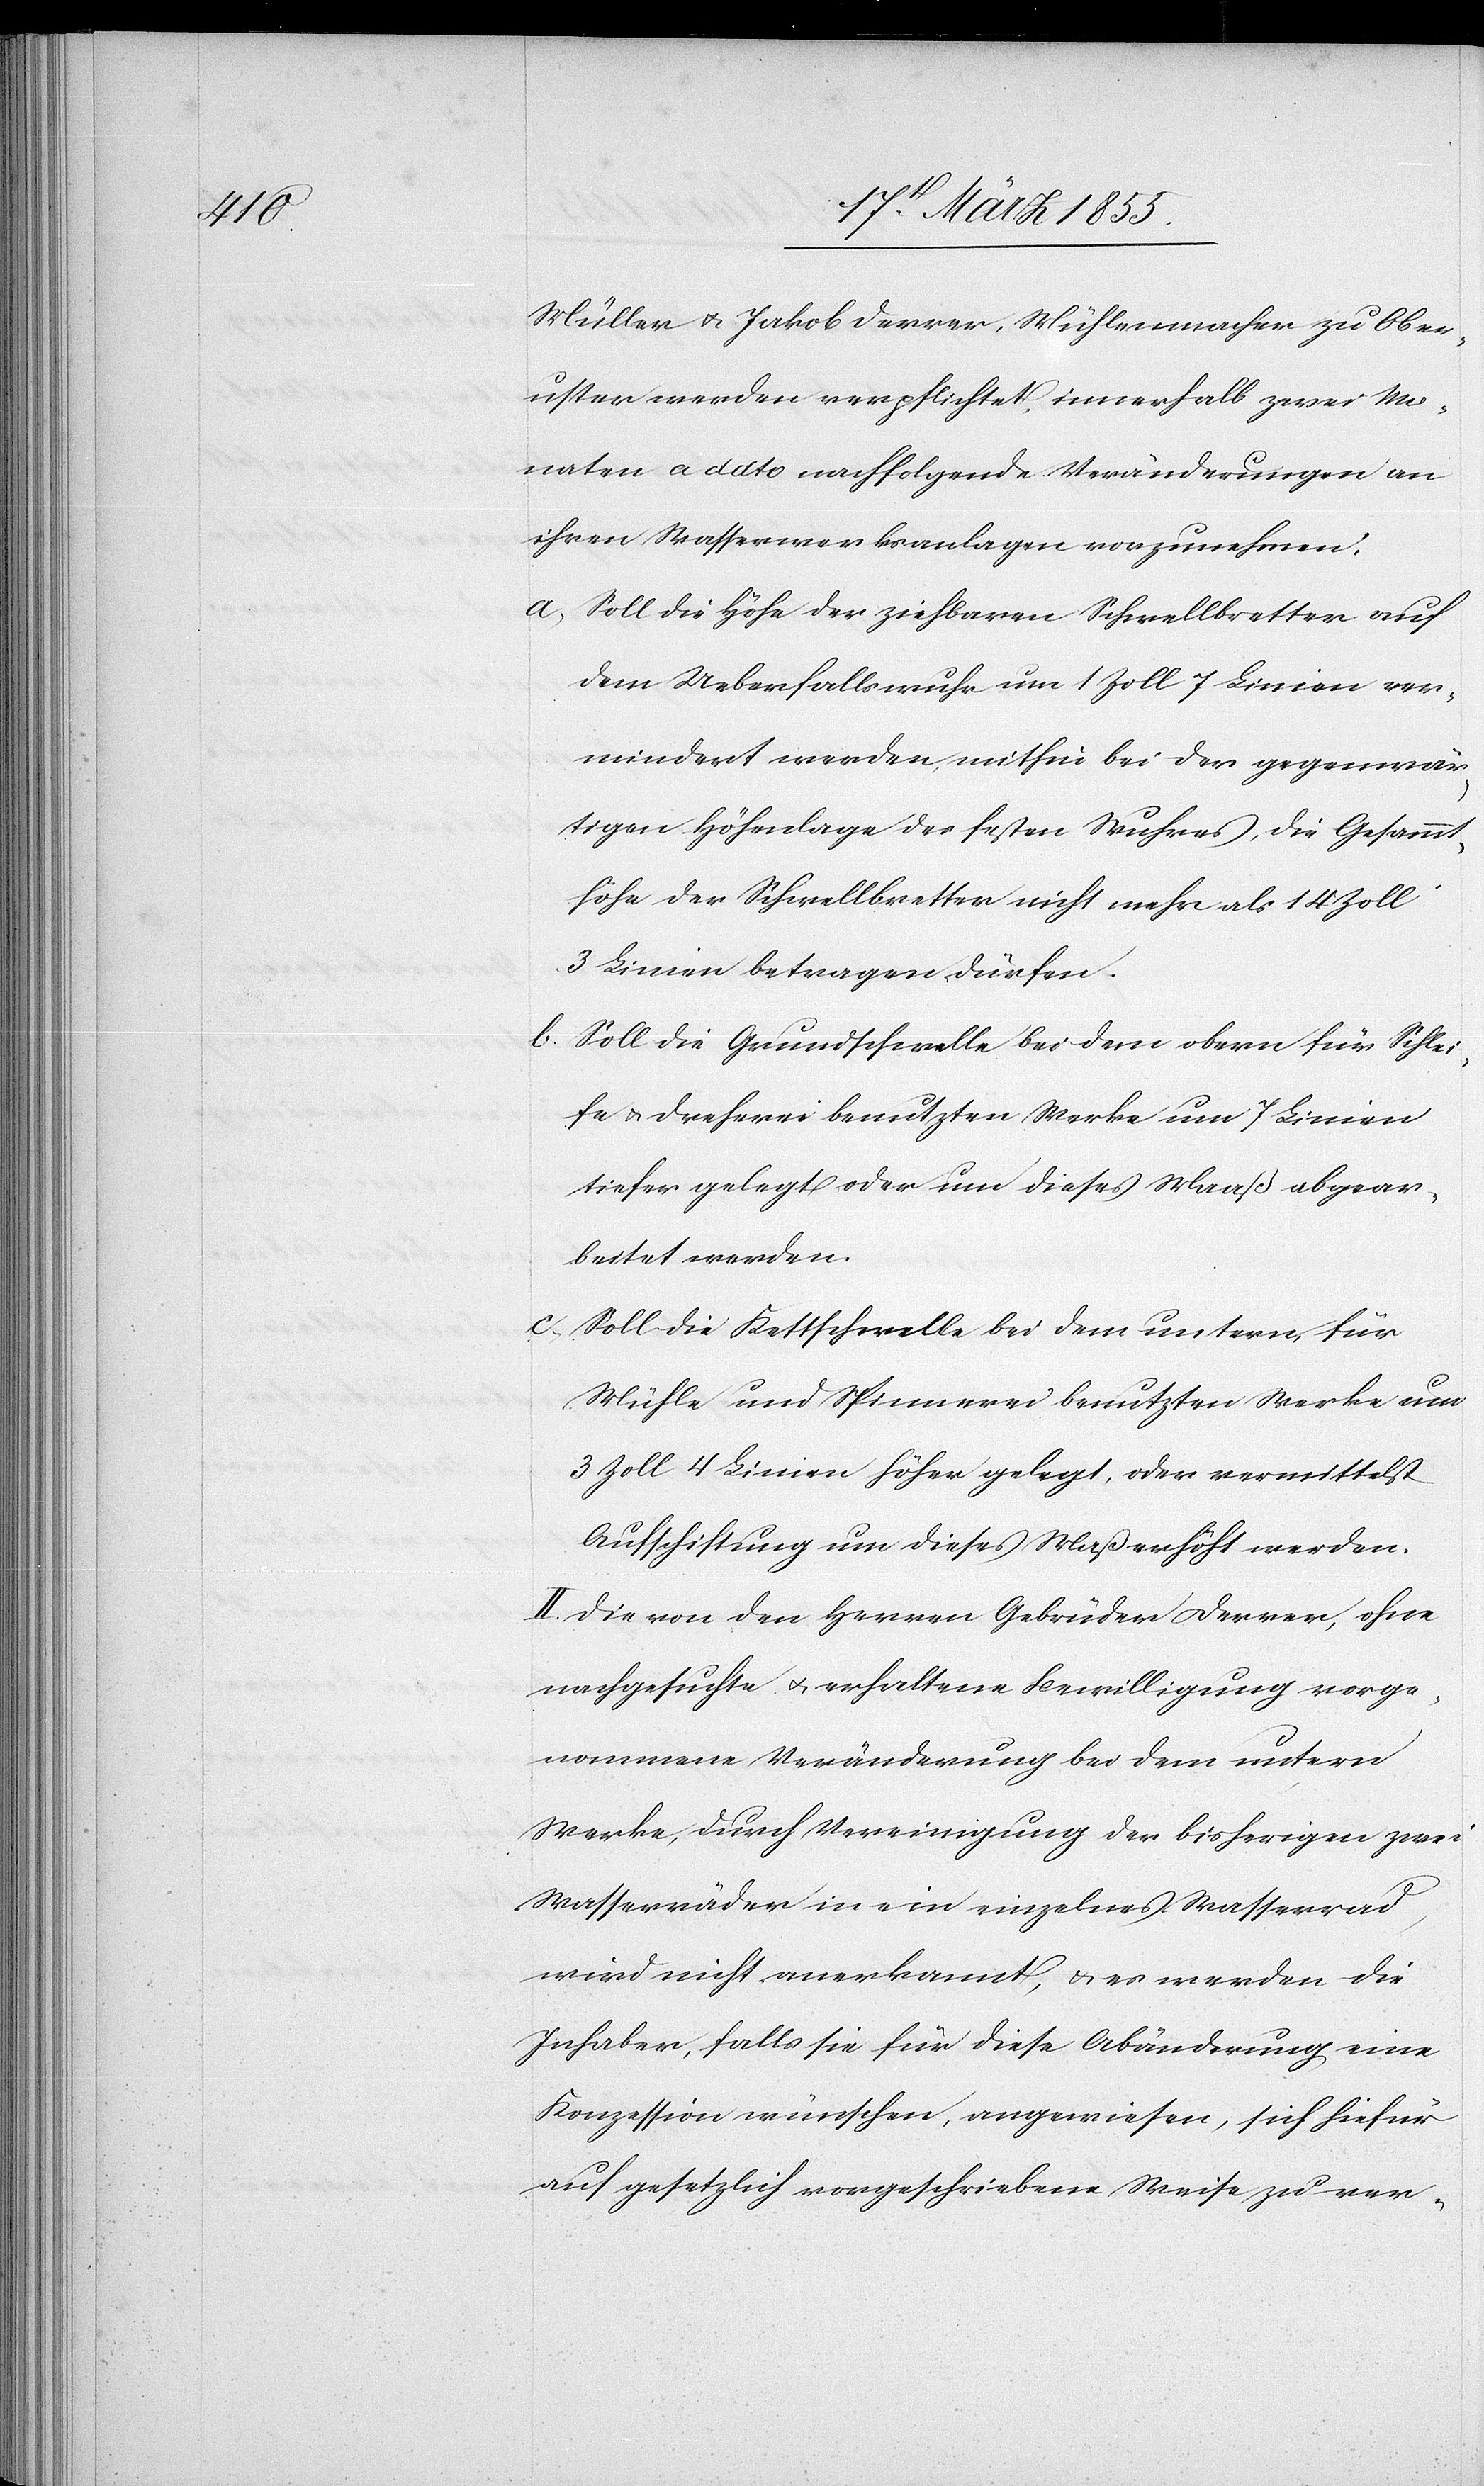
Müller & Jakob Derrer, Mühlenmacher zu Ober¬
uster werden verpflichtet, innerhalb zwei Mo¬
naten a dato nachfolgende Veränderungen an
ihren Wasserwerksanlagen vorzunehmen:
Soll die Höhe der ziehbaren Schwellbretter auf
dem Ueberfallswuhr um 1 Zoll 7 Linien ver¬
mindert werden, mithin bei der gegenwär¬
tigen Höhenlage des festen Wuhres, die Gesammt¬
höhe der Schwellbretter nicht mehr als 14 Zoll
3 Linien betragen dürfen.
Soll die Grundschwelle bei dem obern für Schlei¬
fe & Dreherei benutzten Werke um 7 Linien
tiefer gelegt oder um dieses Maaß abgear¬
beitet werden.
Soll die Kettschwelle bei dem untern, für
Mühle und Spinnerei benutzten Werke um
3 Zoll 4 Linien höher gelegt, oder vermittelst
Aufschiftung um dieses Maß erhöht werden.
II. Die von den Herren Gebrüder Derrer, ohne
nachgesuchte & erhaltene Bewilligung vorge¬
nommene Veränderung bei dem untern
Werke, durch Vereinigung der bisherigen zwei
Wasserräder in ein einzelnes Wasserrad,
wird nicht anerkannt, & es werden die
Inhaber, falls sie für diese Abänderung eine
Konzession wünschen, angewiesen, sich hiefür
auf gesetzlich vorgeschriebene Weise zu ver-